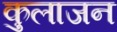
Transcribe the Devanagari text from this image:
कुलाजन